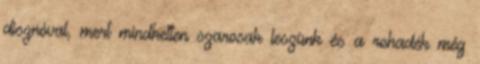
disznóval, mert mindketten szarosak leszünk és a rohadék még